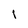
Character: 1